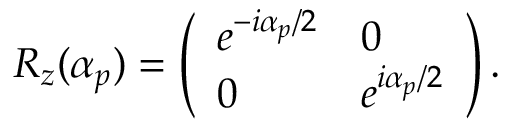
R _ { z } ( \alpha _ { p } ) = \left( \begin{array} { l l } { e ^ { - i \alpha _ { p } / 2 } } & { 0 } \\ { 0 } & { e ^ { i \alpha _ { p } / 2 } } \end{array} \right) .